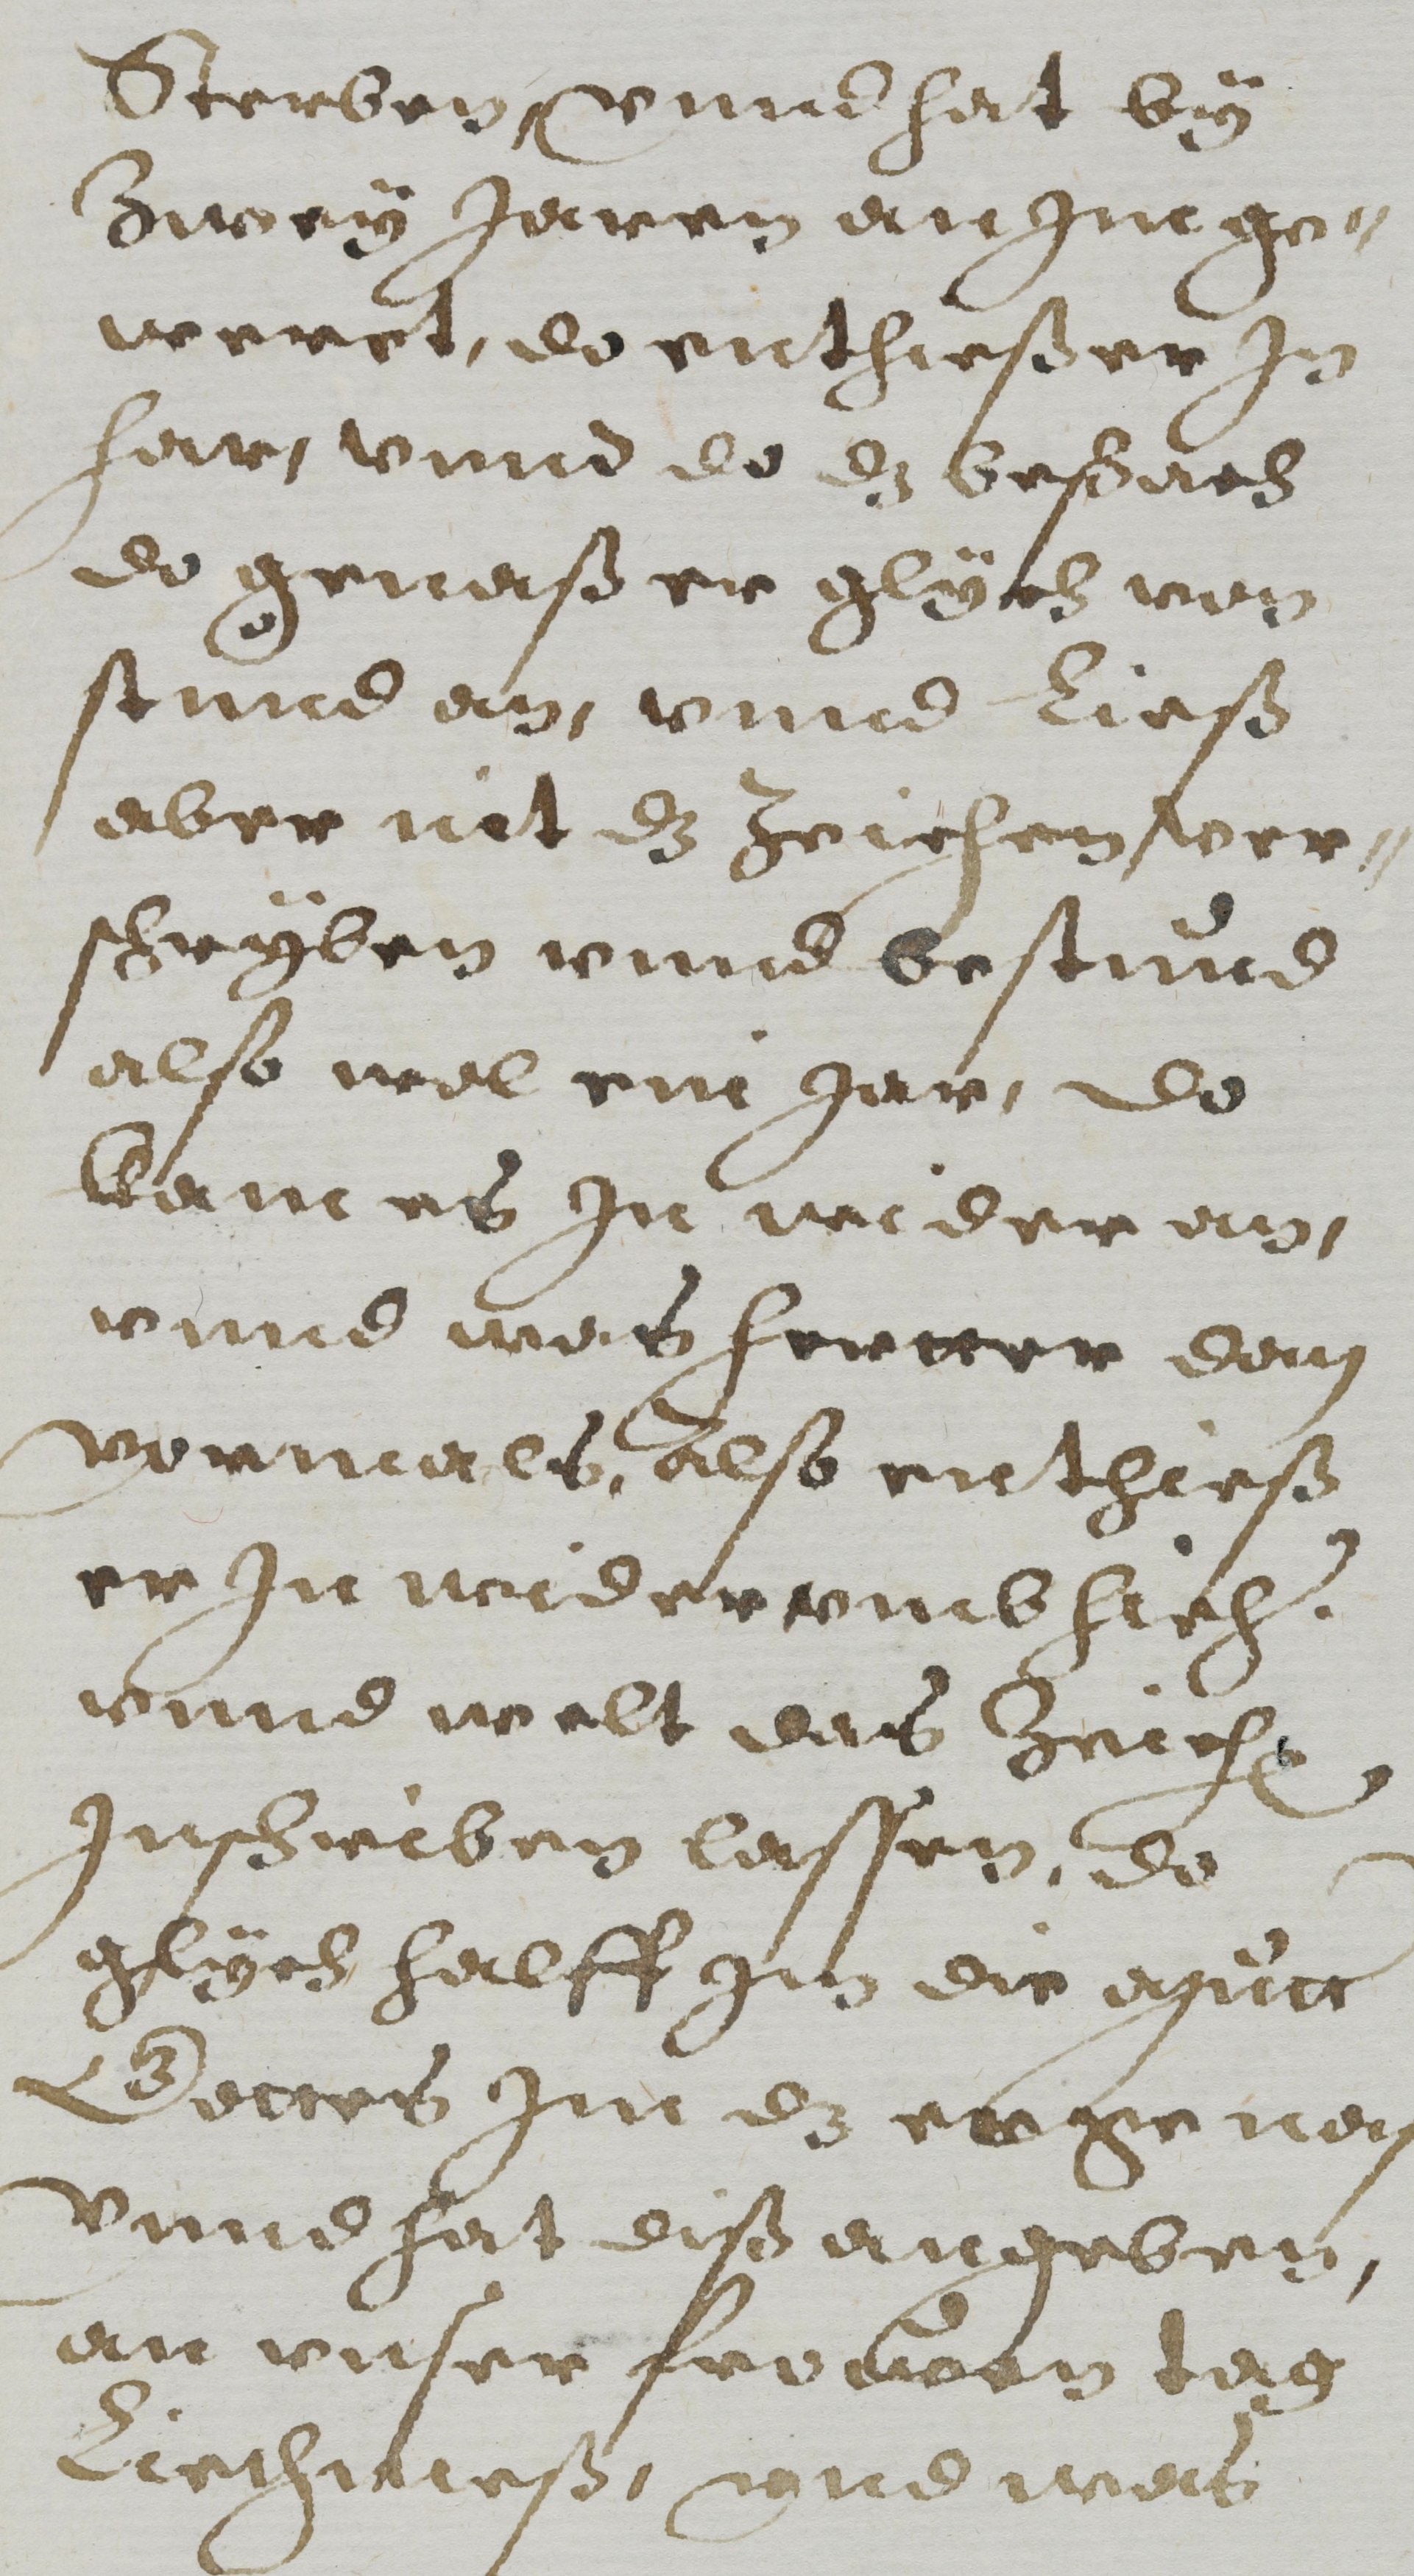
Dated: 1608–1608